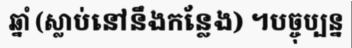
ឆ្នាំ (ស្លាប់នៅនឹងកន្លែង) ។បច្ចុប្បន្ន